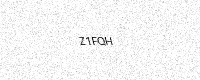
Text: Z1FQH